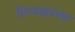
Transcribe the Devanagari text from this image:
तिच्याइक्त्या